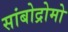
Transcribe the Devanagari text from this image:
सांबोद्रोमो